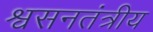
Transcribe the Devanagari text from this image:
श्वसनतंत्रीय